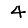
Digit: 4